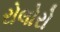
રોલોરો